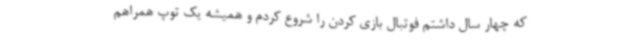
که چهار سال داشتم فوتبال بازی کردن را شروع کردم و همیشه یک توپ همراهم